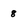
Character: 8